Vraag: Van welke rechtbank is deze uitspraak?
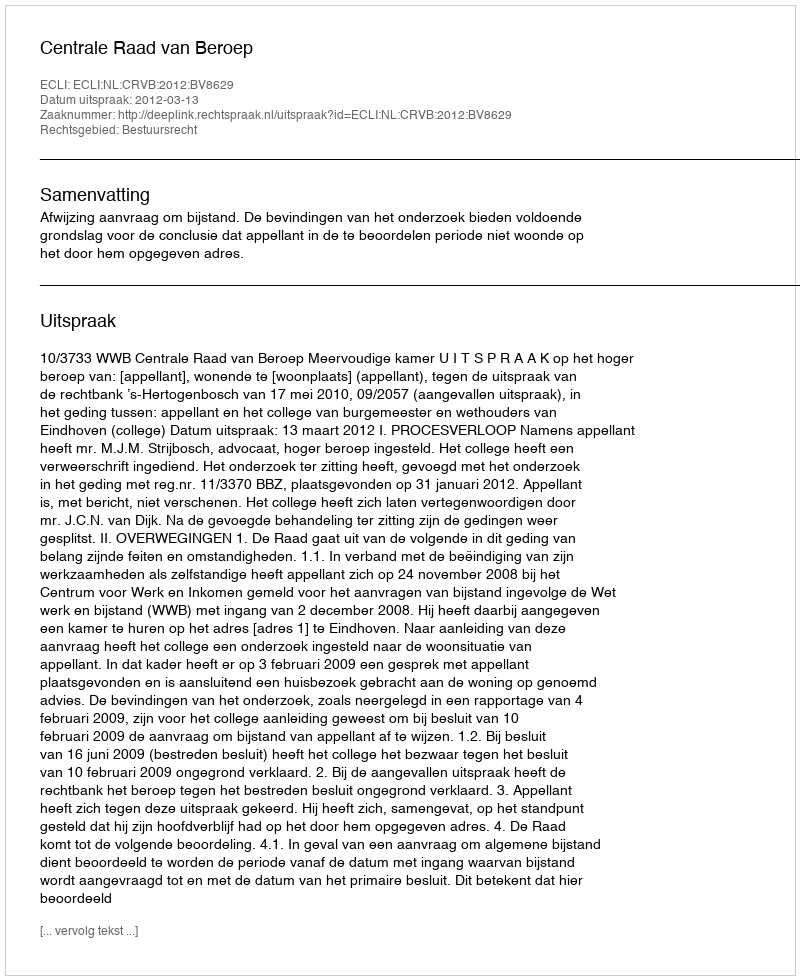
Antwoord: Centrale Raad van Beroep